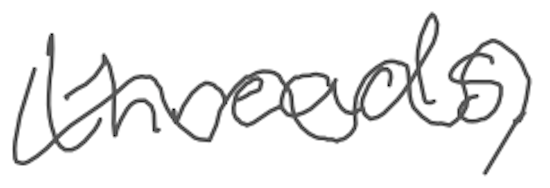
Text: threads,
Cross-out: wave
Writing tool: digital_gray